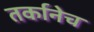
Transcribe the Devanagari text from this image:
तर्कानेच